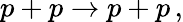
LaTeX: p+p\rightarrow p+p\, ,